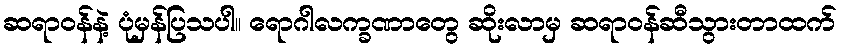
ဆရာဝန်နဲ့ ပုံမှန်ပြသပါ။ ရောဂါလက္ခဏာတွေ ဆိုးလာမှ ဆရာဝန်ဆီသွားတာထက်